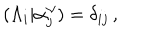
LaTeX: ( \Lambda _ { i } | \alpha _ { j } ^ { \vee } ) = \delta _ { i j } \, ,